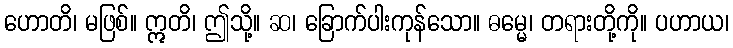
ဟောတိ၊ မဖြစ်။ ဣတိ၊ ဤသို့။ ဆ၊ ခြောက်ပါးကုန်သော။ ဓမ္မေ၊ တရားတို့ကို။ ပဟာယ၊